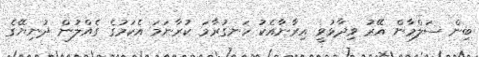
ބިން ސަލްމާން އޭރު ވިދާޅުވީ އިރާނާއެކު ހަނގުރާމަ ކުރާނަމަ އެކަމުގެ ގެއްލުން ދުނިޔޭގެ